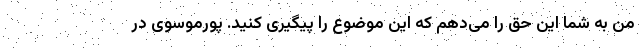
من به شما این حق را می‌دهم که این موضوع را پیگیری کنید. پورموسوی در